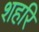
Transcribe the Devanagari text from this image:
शहरि